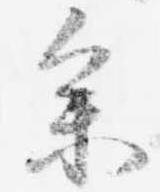
参